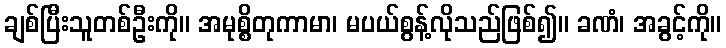
ချစ်ပြီးသူတစ်ဦးကို။ အမုစ္စိတုကာမာ၊ မပယ်စွန့်လိုသည်ဖြစ်၍။ ခဏံ၊ အခွင့်ကို။